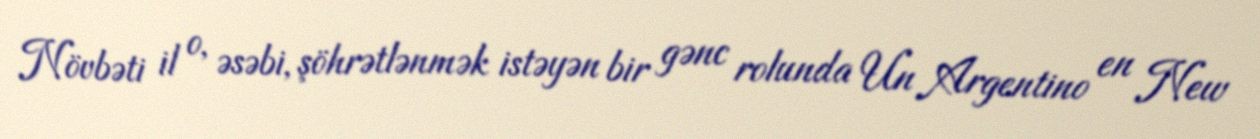
Növbəti il o, əsəbi, şöhrətlənmək istəyən bir gənc rolunda Un Argentino en New